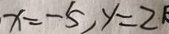
x = - 5 , y = 2